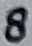
Text: 8